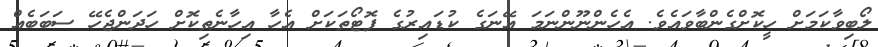
ލޯބިވާކަމަށް ހީކޮށްގެންބާވައެވެ. އެހެންނޫންނަމަ އޭނަގެ ކުޑައިރުގެ ފޮޓޯތަކަށް އެހާ އިހާނެތިކޮށް ހަދަންޖެހޭ ސަބަބެއް